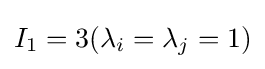
I_{1}=3(\lambda _{i}=\lambda _{j}=1)